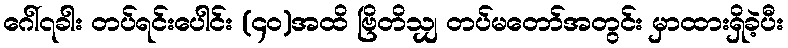
ဂေါ်၇ခါး တပ်ရင်းပေါင်း (၄၀)အထိ ဗြိတိသျှ တပ်မတော်အတွင်း မှာထားရှိခဲ့ပီး